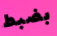
بضبط